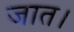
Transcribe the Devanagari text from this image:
जात।